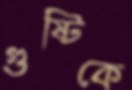
গুষ্টিকে